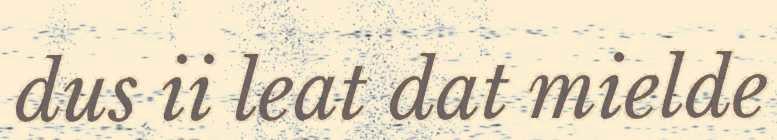
dus ii leat dat mielde